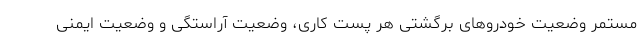
مستمر وضعیت خودروهای برگشتی هر پست کاری، وضعیت آراستگی و وضعیت ایمنی